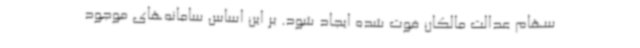
سهام عدالت مالکان فوت شده ایجاد شود. بر این اساس سامانه‌های موجود